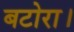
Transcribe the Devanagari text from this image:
बटोरा।